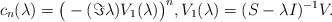
\begin{align*}c_{n}(\lambda)=\big(-(\Im{\lambda})V_{1}(\lambda)\big)^{n},V_{1}(\lambda)=(S-{\lambda}I)^{-1}V.\end{align*}